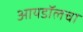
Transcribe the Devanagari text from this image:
आयडॉलचा